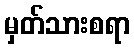
မှတ်သားစရာ